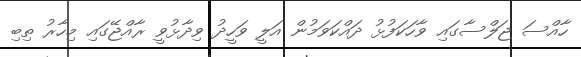
ހާއްސަ ޖަލްސާގައި ވާހަކަފުޅު ދައްކަވަމުން އަލީ ވަހީދު ވިދާޅުވީ ރާއްޖޭގައި މިހާރު ތިބި